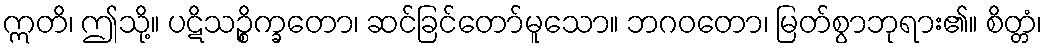
ဣတိ၊ ဤသို့။ ပဋိသဉ္စိက္ခတော၊ ဆင်ခြင်တော်မူသော။ ဘဂဝတော၊ မြတ်စွာဘုရား၏။ စိတ္တံ၊